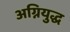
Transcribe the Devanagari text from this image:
अग्नियुद्ध